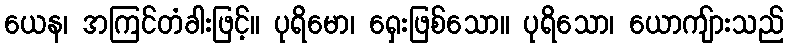
ယေန၊ အကြင်တံခါးဖြင့်။ ပုရိမော၊ ရှေးဖြစ်သော။ ပုရိသော၊ ယောကျ်ားသည်